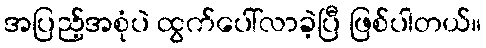
အပြည့်အစုံပဲ ထွက်ပေါ်လာခဲ့ပြီ ဖြစ်ပါတယ်။